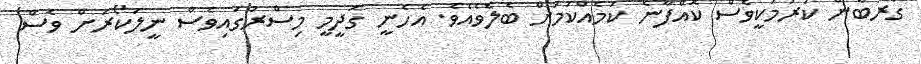
ގުރުބާން ކުރުމަކީވެސް ކޮއްފާނެ ކަމެއްކަމަށް ބެލެވެއެވެ. އެހެނީ ގަދީމީ މިސްރުގައިވެސް ނީލަކޯރަށް ވެސް